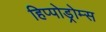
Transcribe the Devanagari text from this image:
हिप्पोड्रोम्स